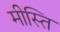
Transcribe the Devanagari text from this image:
मीस्ति